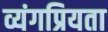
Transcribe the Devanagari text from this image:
व्यंगप्रियता